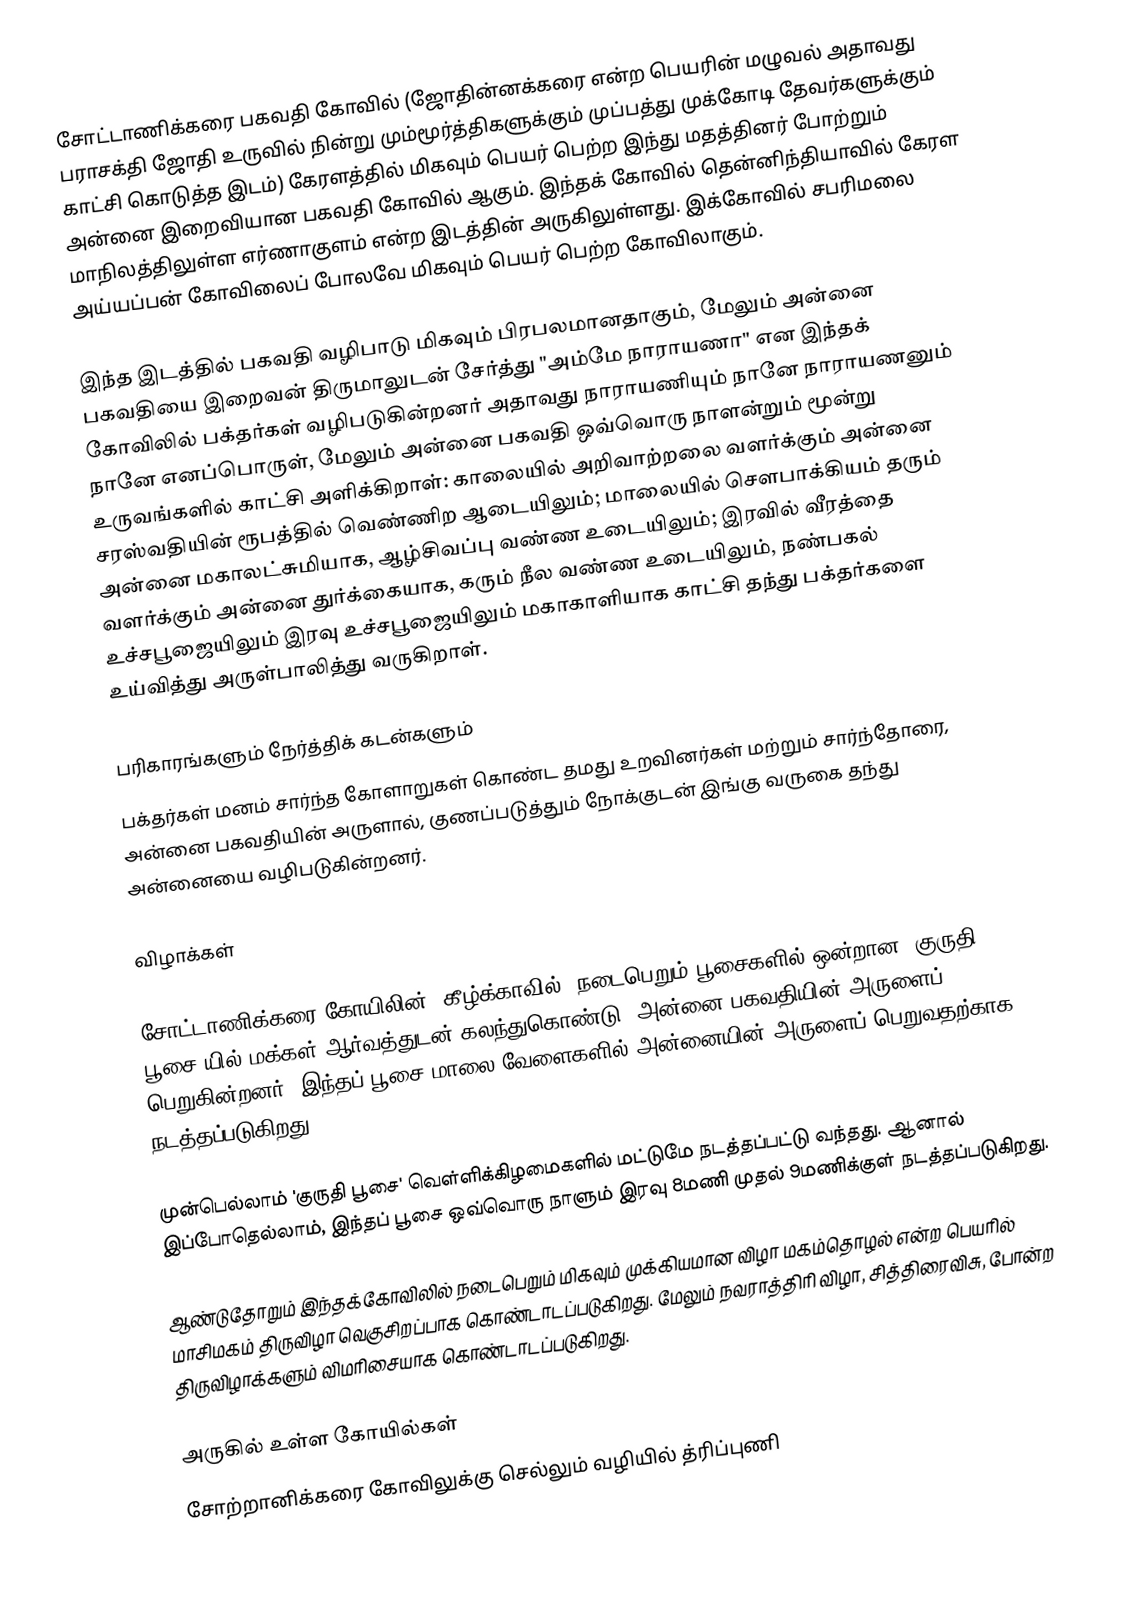
சோட்டாணிக்கரை பகவதி கோவில் (ஜோதின்னக்கரை என்ற பெயரின் மழுவல் அதாவது பராசக்தி ஜோதி உருவில் நின்று மும்மூர்த்திகளுக்கும் முப்பத்து முக்கோடி தேவர்களுக்கும் காட்சி கொடுத்த இடம்) கேரளத்தில் மிகவும் பெயர் பெற்ற இந்து மதத்தினர் போற்றும் அன்னை இறைவியான பகவதி கோவில் ஆகும். இந்தக் கோவில் தென்னிந்தியாவில் கேரள மாநிலத்திலுள்ள எர்ணாகுளம் என்ற இடத்தின் அருகிலுள்ளது. இக்கோவில் சபரிமலை அய்யப்பன் கோவிலைப் போலவே மிகவும் பெயர் பெற்ற கோவிலாகும்.

இந்த இடத்தில் பகவதி வழிபாடு மிகவும் பிரபலமானதாகும், மேலும் அன்னை பகவதியை இறைவன் திருமாலுடன் சேர்த்து "அம்மே நாராயணா" என இந்தக் கோவிலில் பக்தர்கள் வழிபடுகின்றனர் அதாவது நாராயணியும் நானே நாராயணனும் நானே எனப்பொருள், மேலும் அன்னை பகவதி ஒவ்வொரு நாளன்றும் மூன்று உருவங்களில் காட்சி அளிக்கிறாள்: காலையில் அறிவாற்றலை வளர்க்கும் அன்னை சரஸ்வதியின் ரூபத்தில் வெண்ணிற ஆடையிலும்; மாலையில் சௌபாக்கியம் தரும் அன்னை மகாலட்சுமியாக, ஆழ்சிவப்பு வண்ண உடையிலும்; இரவில் வீரத்தை வளர்க்கும் அன்னை துர்க்கையாக, கரும் நீல வண்ண உடையிலும், நண்பகல் உச்சபூஜையிலும் இரவு உச்சபூஜையிலும் மகாகாளியாக காட்சி தந்து பக்தர்களை உய்வித்து அருள்பாலித்து வருகிறாள்.

பரிகாரங்களும் நேர்த்திக் கடன்களும்
பக்தர்கள் மனம் சார்ந்த கோளாறுகள் கொண்ட தமது உறவினர்கள் மற்றும் சார்ந்தோரை, அன்னை பகவதியின் அருளால், குணப்படுத்தும் நோக்குடன் இங்கு வருகை தந்து அன்னையை வழிபடுகின்றனர்.

விழாக்கள்

சோட்டாணிக்கரை கோயிலின் 'கீழ்க்காவில்' நடைபெறும் பூசைகளில் ஒன்றான 'குருதி பூசை'யில் மக்கள் ஆர்வத்துடன் கலந்துகொண்டு, அன்னை பகவதியின் அருளைப் பெறுகின்றனர். இந்தப் பூசை மாலை வேளைகளில் அன்னையின் அருளைப் பெறுவதற்காக நடத்தப்படுகிறது.

முன்பெல்லாம் 'குருதி பூசை' வெள்ளிக்கிழமைகளில் மட்டுமே நடத்தப்பட்டு வந்தது. ஆனால் இப்போதெல்லாம், இந்தப் பூசை ஒவ்வொரு நாளும் இரவு 8மணி முதல் 9மணிக்குள் நடத்தப்படுகிறது.

ஆண்டுதோறும் இந்தக்கோவிலில் நடைபெறும் மிகவும் முக்கியமான விழா  மகம்தொழல் என்ற பெயரில் மாசிமகம் திருவிழா வெகுசிறப்பாக கொண்டாடப்படுகிறது. மேலும் நவராத்திரி விழா, சித்திரைவிசு, போன்ற திருவிழாக்களும் விமரிசையாக கொண்டாடப்படுகிறது.

அருகில் உள்ள கோயில்கள்
சோற்றானிக்கரை கோவிலுக்கு செல்லும் வழியில் த்ரிப்புணி